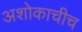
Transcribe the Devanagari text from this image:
अशोकाचीच